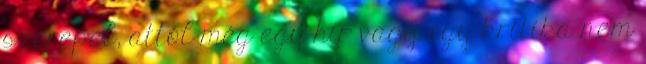
szerepel, attól még egy hí­r vagy egy kritika nem